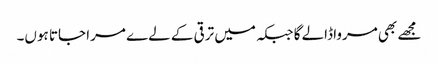
مجھے بھی مرواڈالے گا جبکہ میں ترقی کے لےے مرا جاتا ہوں۔